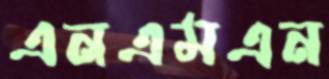
এনএমএন